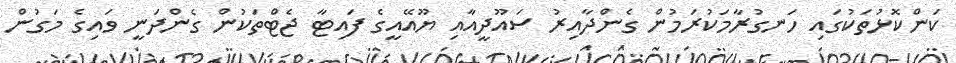
ކަންކޮޅުތަކުގައި ހަނގުރާމަކުރަމުން ގެންދާއިރު ސައޫދީއާއި ޔޫއޭއީގެ ފައިޓާ ޖެޓްތަކުން ގެންދަނީ ވައިގެ މަގުން